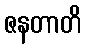
ဇနတာတိ